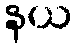
နယ